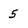
Character: 5